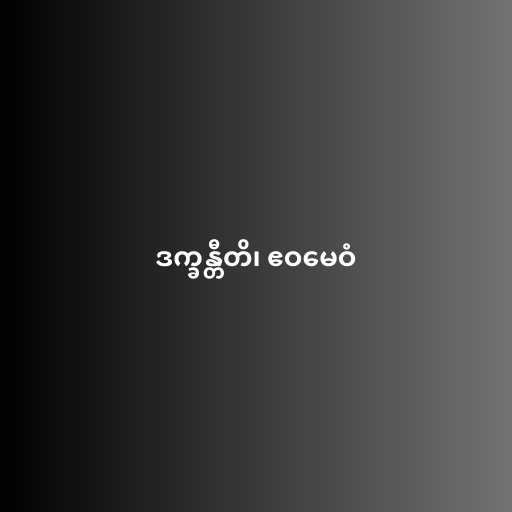
ဒက္ခန္တီတိ၊ ဧဝမေဝံ